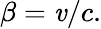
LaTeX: \beta=\mathit{v}/c.